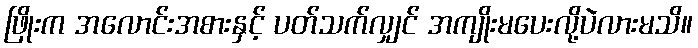
ဖြိုးက အလောင်းအစားနှင့် ပတ်သက်လျှင် အကျိုးမပေးလို့ပဲလားမသိ။